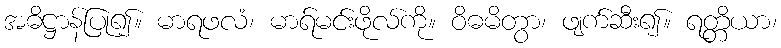
အဓိဋ္ဌာန်ပြု၍။ မာရဖလံ၊ မာရ်မင်းဖိုလ်ကို။ ဝိဓမိတွာ၊ ဖျက်ဆီး၍။ ရတ္တိယာ၊